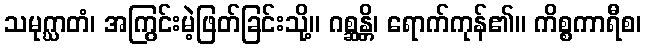
သမုဂ္ဃာတံ၊ အကြွင်းမဲ့ဖြတ်ခြင်းသို့။ ဂစ္ဆန္တိ၊ ရောက်ကုန်၏။ ကိစ္စကာရီစ၊